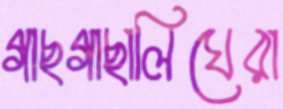
গাছগাছালিঘেরা